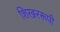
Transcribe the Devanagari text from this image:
शिखररूपी